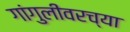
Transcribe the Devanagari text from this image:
गांगुलीवरच्या